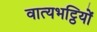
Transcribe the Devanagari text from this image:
वात्यभट्ठियों